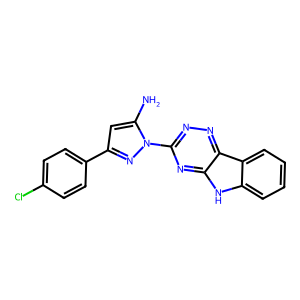
SMILES: Nc1cc(-c2ccc(Cl)cc2)nn1-c1nnc2c(n1)[nH]c1ccccc12
Inhibits HIV replication: No